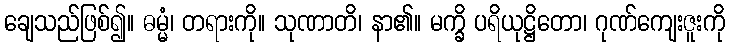
ချေသည်ဖြစ်၍။ ဓမ္မံ၊ တရားကို။ သုဏာတိ၊ နာ၏။ မက္ခိ ပရိယုဋ္ဌိတော၊ ဂုဏ်ကျေးဇူးကို